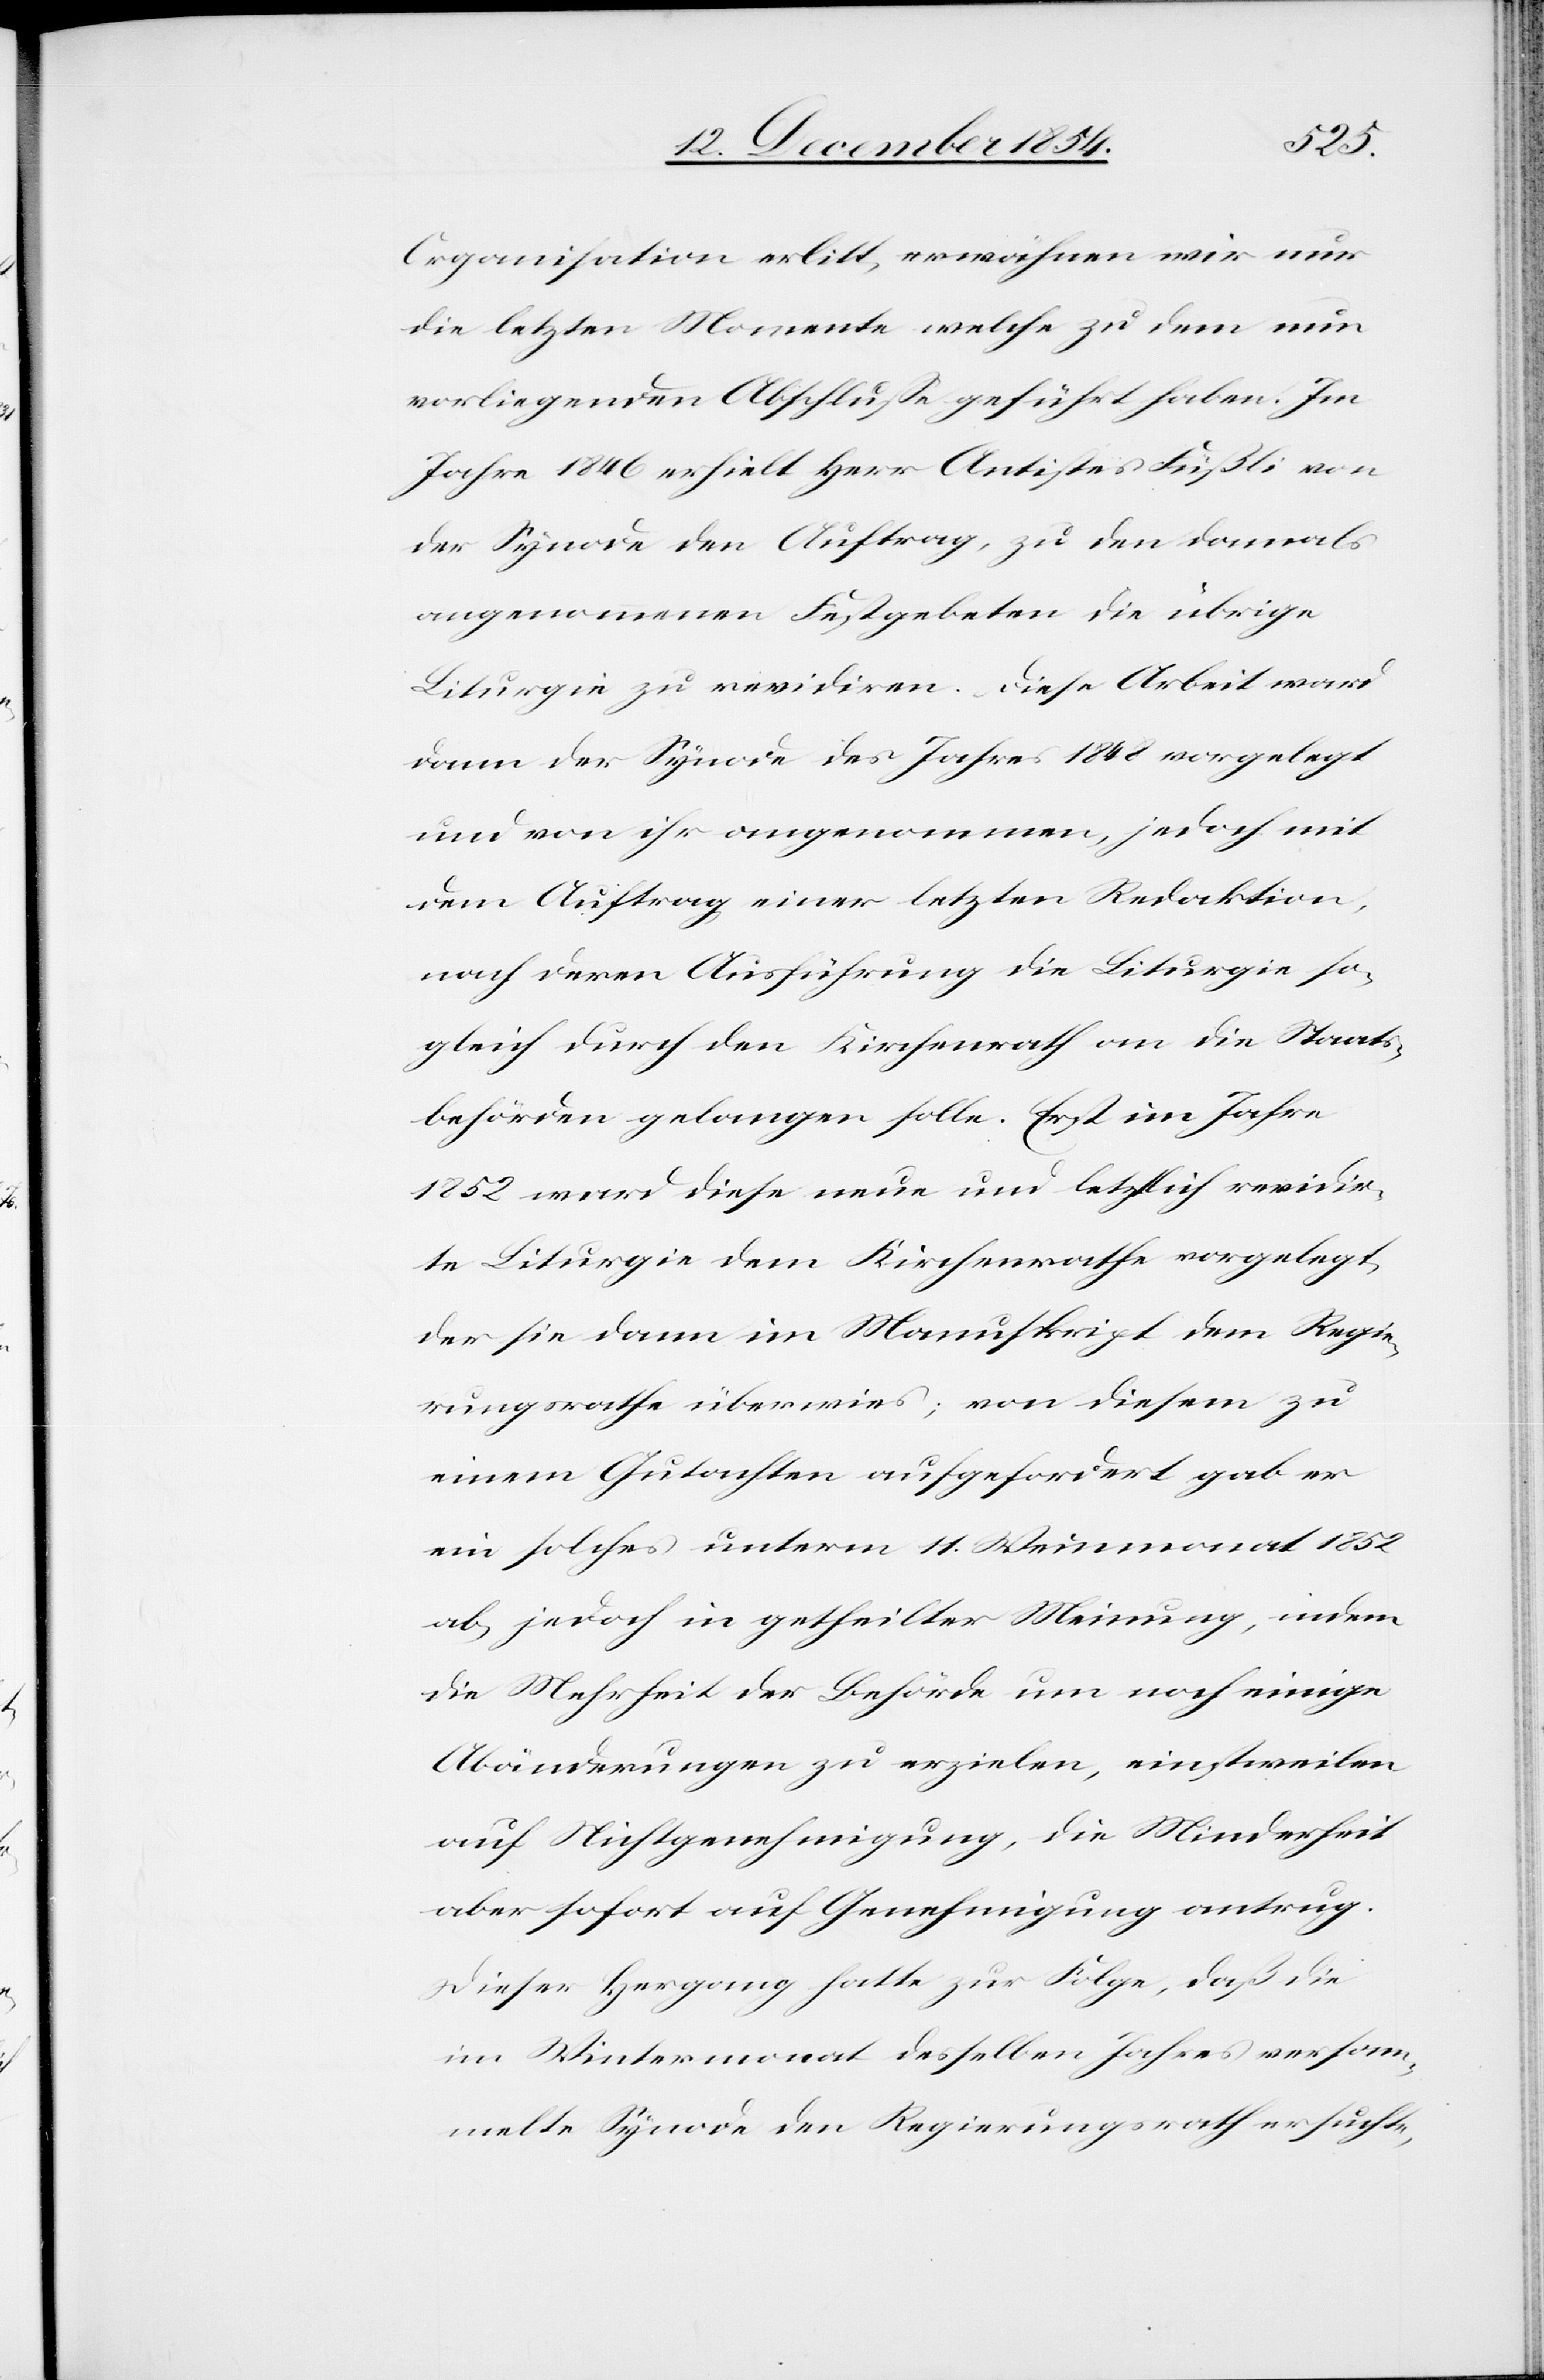
Organisation erlitt, erwähnen wir nur
die letzten Momente welche zu dem nun
vorliegenden Abschluße geführt haben. Im
Jahre 1846 erhielt Herr Antistes Füßli von
der Synode den Auftrag, zu den damals
angenommenen Festgebeten die übrige
Liturgie zu revidiren. Diese Arbeit ward
dann der Synode des Jahres 1848 vorgelegt
und von ihr angenommen, jedoch mit
dem Auftrag einer letzten Redaktion,
nach deren Ausführung die Liturgie so¬
gleich durch den Kirchenrath an die Staats¬
behörden gelangen solle. Erst im Jahre
1852 ward diese neue und letztlich revidir¬
te Liturgie dem Kirchenrathe vorgelegt,
der sie dann im Manuskript dem Regie¬
rungsrathe überwies; von diesem zu
einem Gutachten aufgefordert gab er
ein solches unterm 11. Weinmonat 1852
ab, jedoch in getheilter Meinung, indem
die Mehrheit der Behörde um noch einige
Abänderungen zu erzielen, einstweilen
auf Nichtgenehmigung, die Minderheit
aber sofort auf Genehmigung antrug.
Dieser Hergang hatte zur Folge, daß die
im Wintermonat desselben Jahres versam¬
melte Synode den Regierungsrath ersuchte,